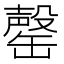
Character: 罄